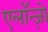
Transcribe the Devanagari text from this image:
एलॉन्ज़ो